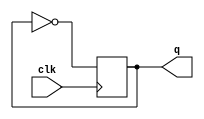
module div2 (q,clk); //   qCLKRESET.
    output q;
    input clk;
    reg q;
    always @ (posedge clk)
      q<=~q; // q
endmodule